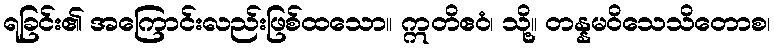
ရခြင်း၏ အကြောင်းလည်းဖြစ်ထသော။ ဣတိဧဝံ၊ သို့။ တန္နမဝိသေသိတောစ၊